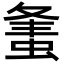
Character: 𧋴